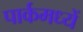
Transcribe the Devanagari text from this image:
पार्कमध्यें